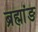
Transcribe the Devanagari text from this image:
ब्रह्मांङ